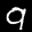
Label: 9